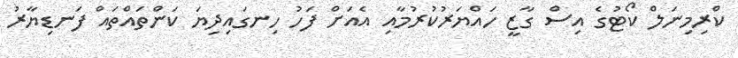
ކްރިމިނަލް ކޯޓުގެ އިސް ގާޒީ ހައްޔަރުކުރުމާއި އެއަށް ފަހު ހިނގައިދިޔަ ކަންތައްތައް ފަނޑިޔާރު